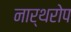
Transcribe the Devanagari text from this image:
नार्थरोप